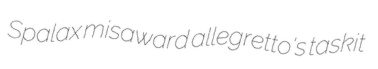
Spalax misaward allegretto's taskit